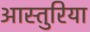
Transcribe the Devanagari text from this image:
आस्तुरिया